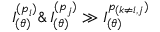
I _ { ( \theta ) } ^ { ( p _ { i } ) } \& \, I _ { ( \theta ) } ^ { ( p _ { j } ) } \gg I _ { ( \theta ) } ^ { p _ { ( k \neq i , j } ) }